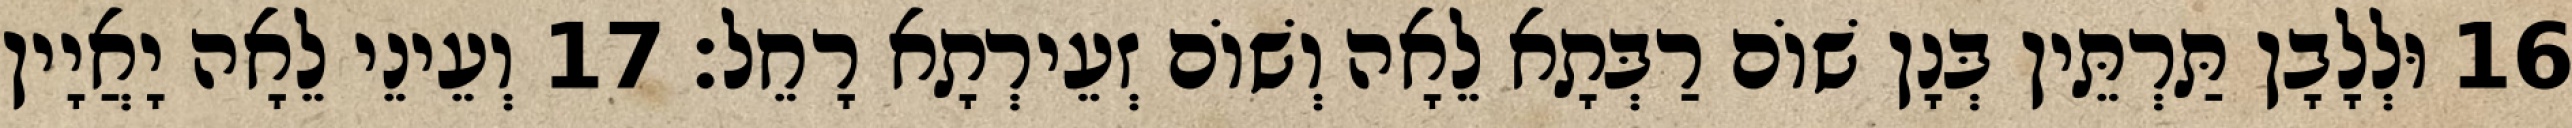
16 וּלְלָבָן תַּרְתֵּין בְּנָן שׁוֹם רַבְּתָא לֵאָה וְשׁוֹם זְעֵירְתָא רָחֵל׃ 17 וְעֵינֵי לֵאָה יָאֲיָין